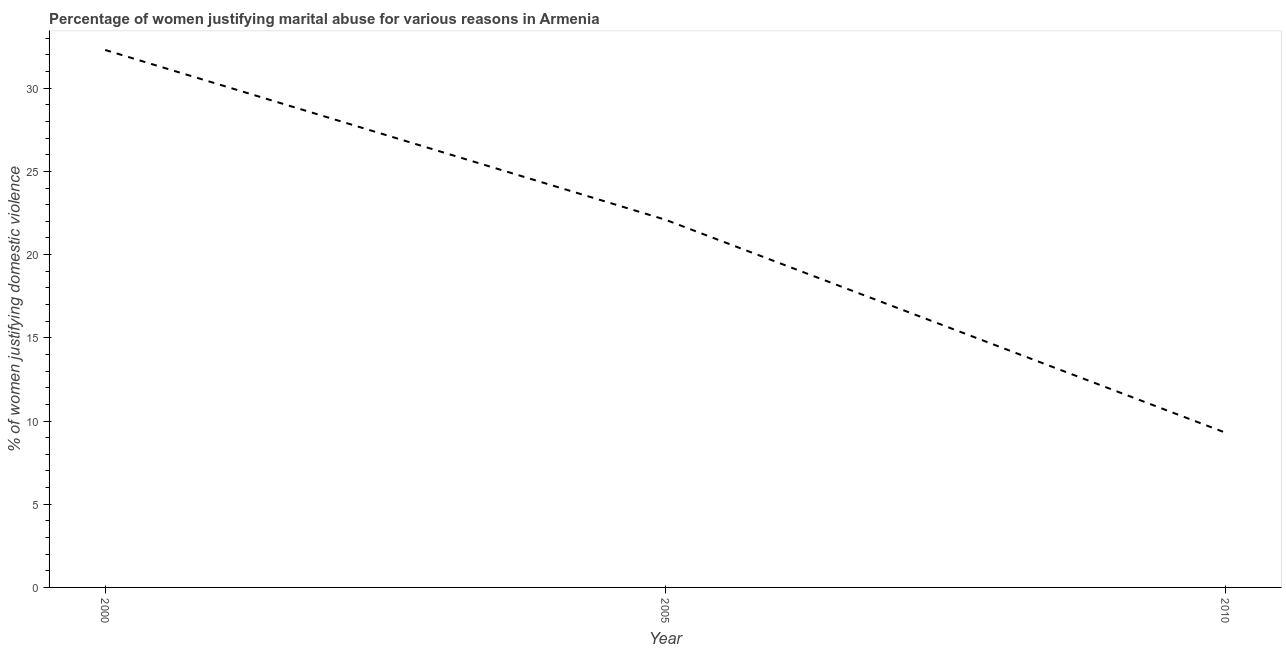
| Year | Physical abuse |
 | --- | --- |
 | 2000 | 32.3 |
 | 2005 | 22.1 |
 | 2010 | 9.3 |